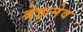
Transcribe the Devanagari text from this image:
ब्रेझनेव